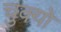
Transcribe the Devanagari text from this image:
चुक्यो